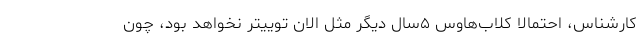
کارشناس، احتمالا کلاب‌هاوس ۵سال دیگر مثل الان توییتر نخواهد بود، چون